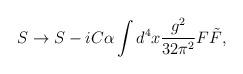
LaTeX: \begin{align*}S \to S - i C \alpha \int d^4x \frac{g^2}{32 \pi^2} F \tilde{F},\end{align*}